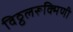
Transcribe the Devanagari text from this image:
विठ्ठलरूक्मिणी